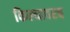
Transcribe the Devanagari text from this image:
किल्यावरच